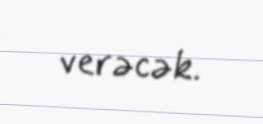
verəcək.